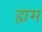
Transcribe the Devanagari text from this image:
ह्मम